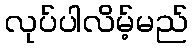
လုပ်ပါလိမ့်မည်